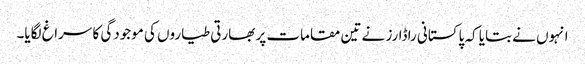
انہوں نے بتایا کہ پاکستانی راڈارز نے تین مقامات پر بھارتی طیاروں کی موجودگی کا سراغ لگایا۔